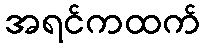
အရင်ကထက်